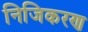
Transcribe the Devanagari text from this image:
निजिकरण